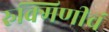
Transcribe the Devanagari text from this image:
रुक्मिणीचं